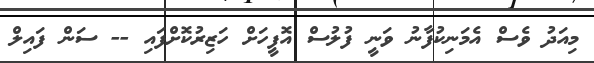
މިއަދު ވެސް އެމަނިކުފާނު ވަނީ ފުލުސް އޮފީހަށް ހަޒިރުކޮށްފައި -- ސަން ފައިލް